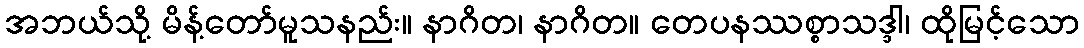
အဘယ်သို့ မိန့်တော်မူသနည်း။ နာဂိတ၊ နာဂိတ။ တေပနဿစ္စာသဒ္ဒါ၊ ထိုမြင့်သော